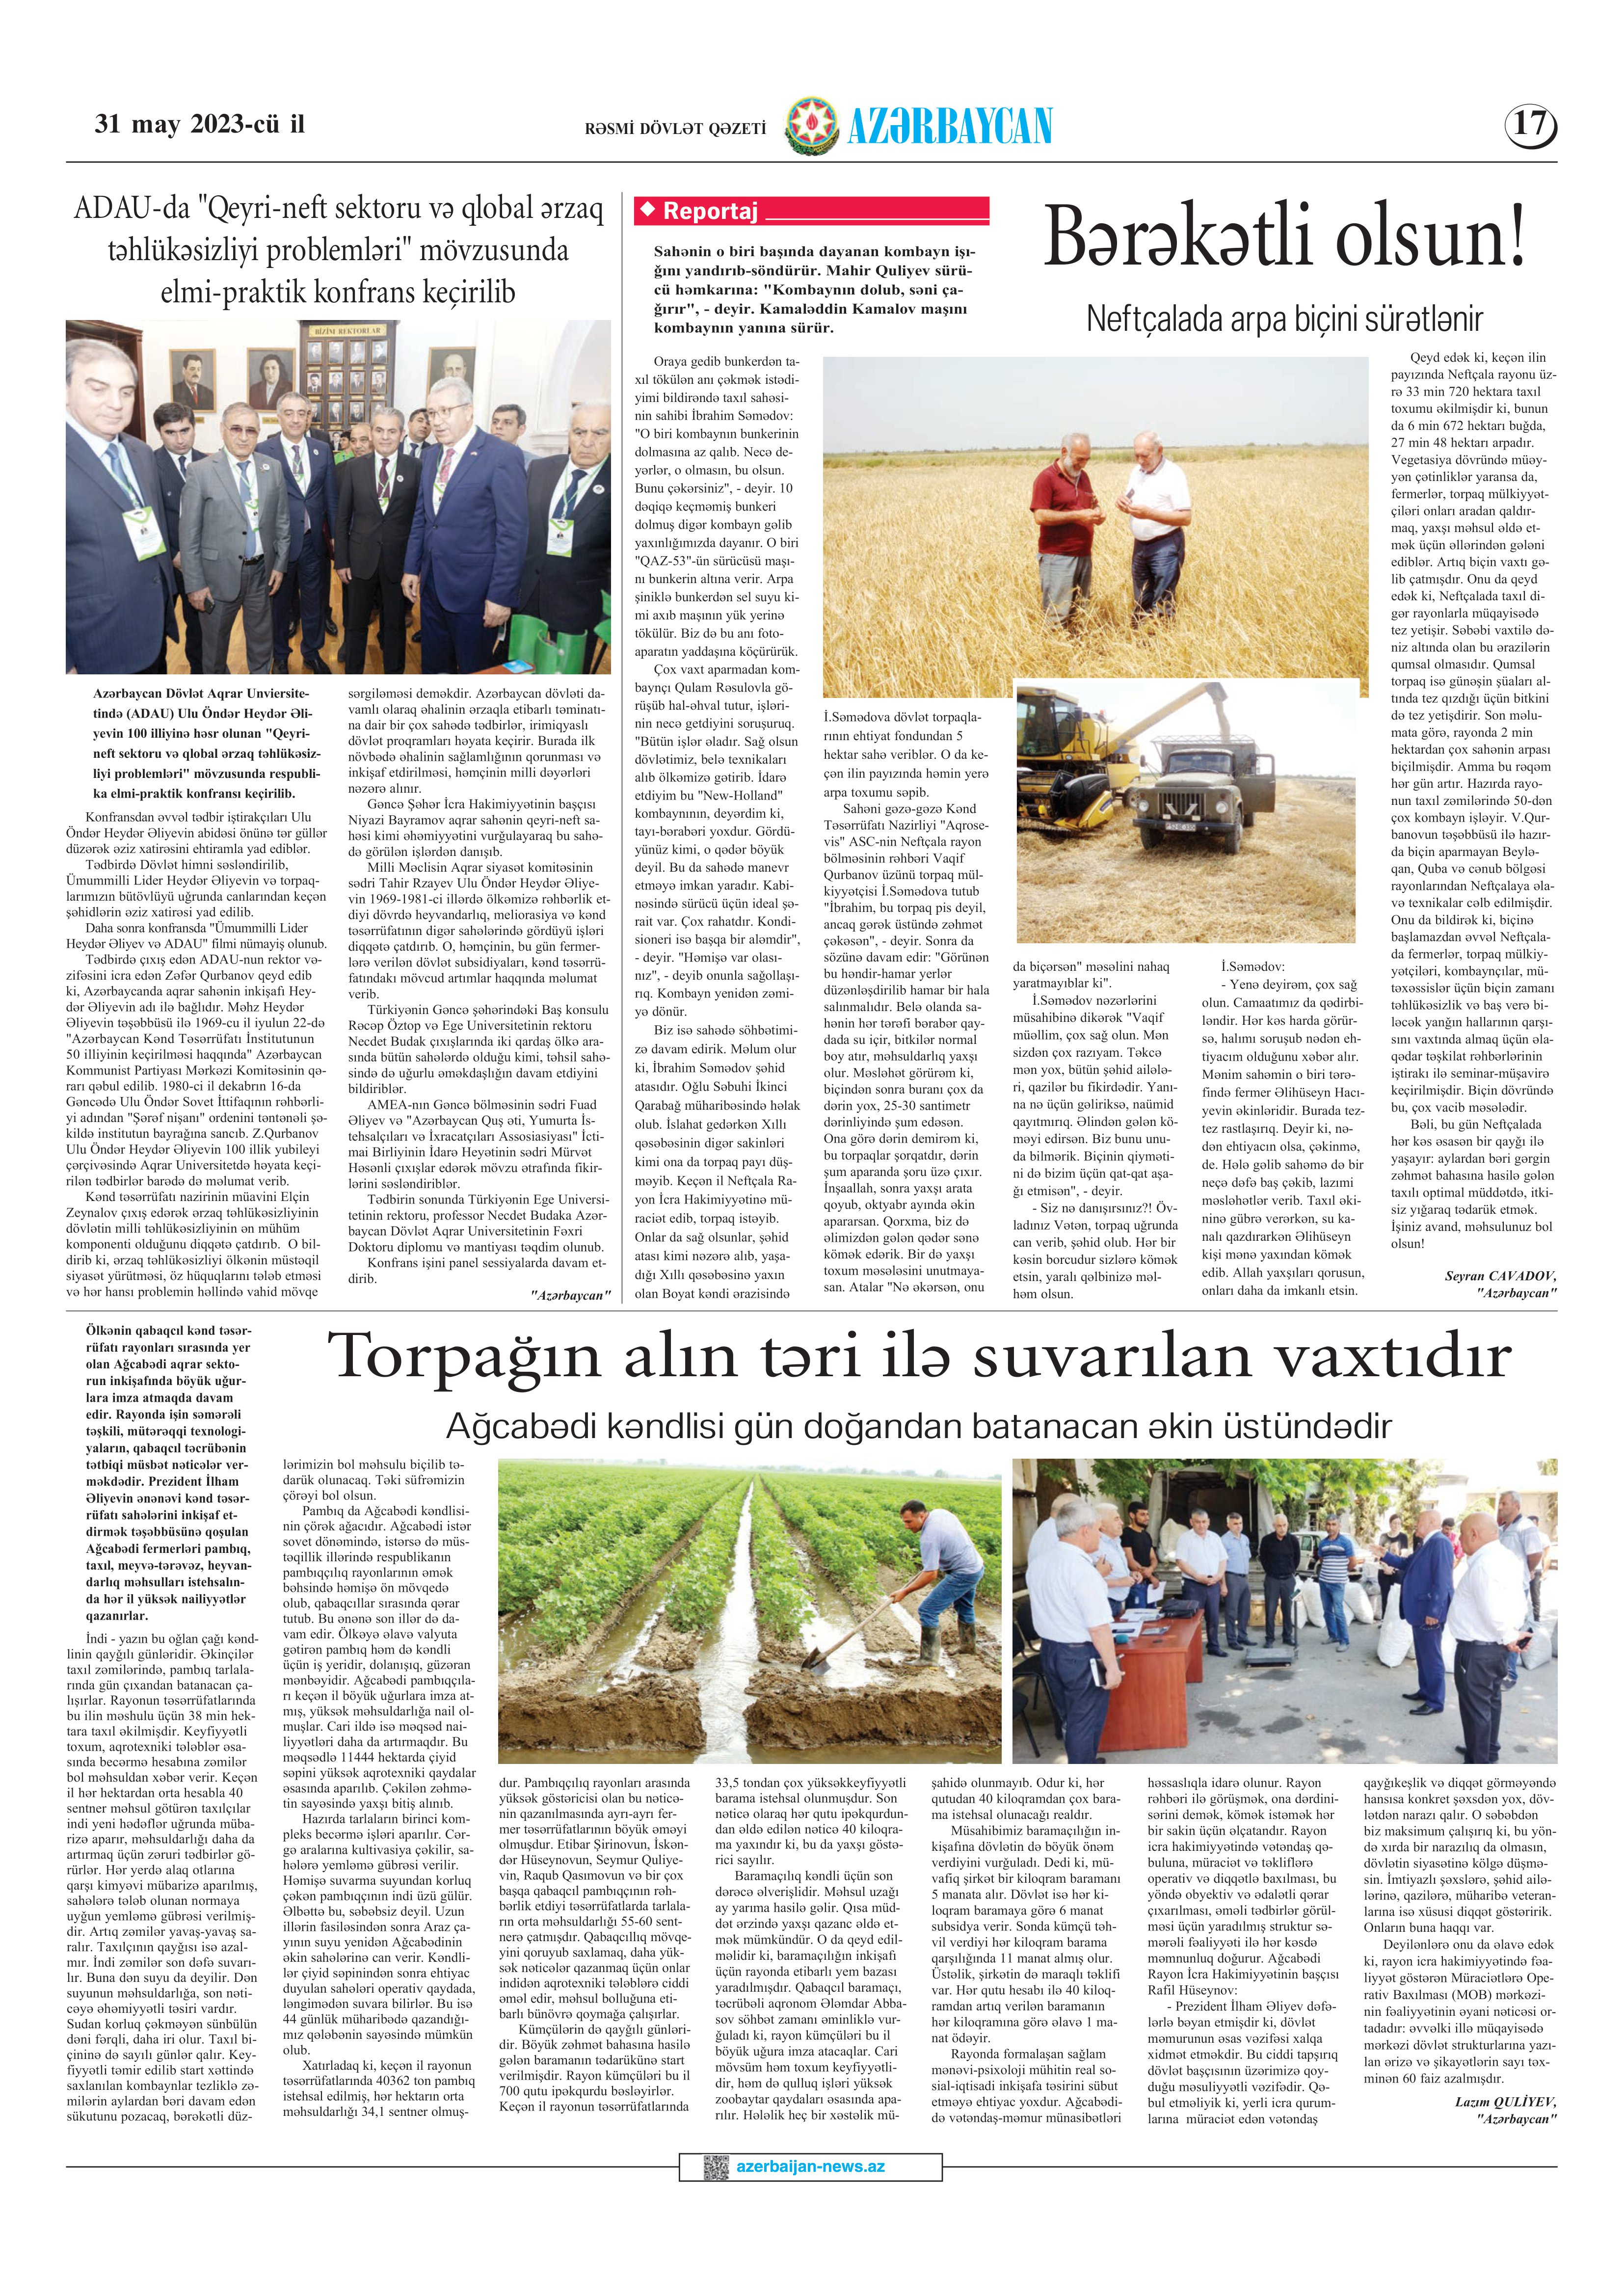
Language: az